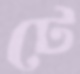
টে